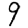
Digit: 9